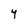
Character: Y